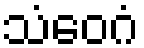
သံဝေဂံ